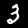
Digit: 3